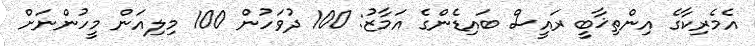
އެމެރިކާގެ އިންތިޚާބީ ރައީސް ބައިޑެންގެ އަމާޒު: 100 ދުވަހުން 100 މިލިއަން މީހުންނަށް